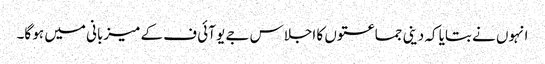
انہوں نے بتایا کہ دینی جماعتوں کا اجلاس جے یو آئی ف کے میزبانی میں ہو گا۔